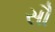
સૌ